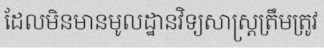
ដែលមិនមានមូលដ្ឋានវិទ្យសាស្ត្រត្រឹមត្រូវ